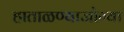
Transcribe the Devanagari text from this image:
हाताळण्याजोग्या